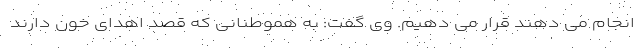
انجام می دهند قرار می دهیم. وی گفت: به هموطنانی که قصد اهدای خون دارند